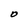
Character: O